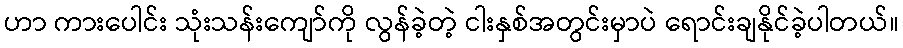
ဟာ ကားပေါင်း သုံးသန်းကျော်ကို လွန်ခဲ့တဲ့ ငါးနှစ်အတွင်းမှာပဲ ရောင်းချနိုင်ခဲ့ပါတယ်။